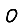
Digit: 0